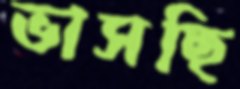
ভাসছি